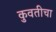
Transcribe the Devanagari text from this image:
कुवतीचा